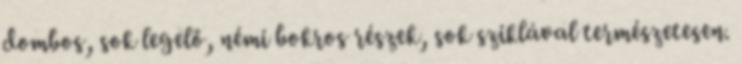
dombos, sok legelő, némi bokros részek, sok sziklával természetesen.